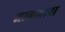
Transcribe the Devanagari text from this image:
जावाभाषा